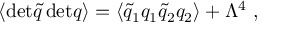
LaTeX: \langle \mathrm { d e t } \tilde { q } \, \mathrm { d e t } q \rangle = \langle \tilde { q } _ { 1 } q _ { 1 } \tilde { q } _ { 2 } q _ { 2 } \rangle + \Lambda ^ { 4 } \ ,